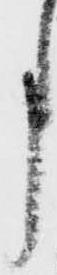
事